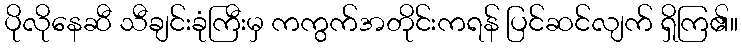
ပိုလိုနေဆီ သီချင်းခုံကြီးမှ ကကွက်အတိုင်းကရန် ပြင်ဆင်လျက် ရှိကြ၏။